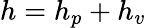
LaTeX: h=h_{p}+h_{v}